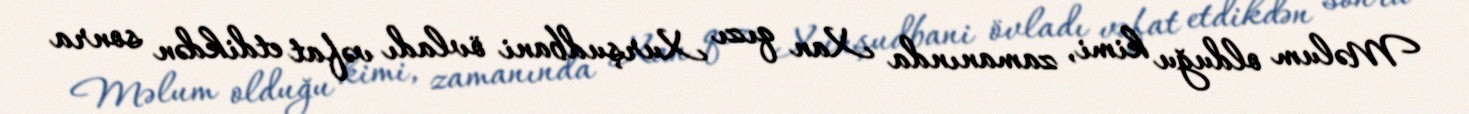
Məlum olduğu kimi, zamanında Xan qızı Xurşudbani övladı vəfat etdikdən sonra